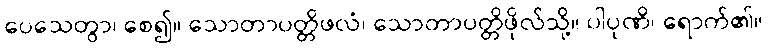
ပေသေတွာ၊ စေ၍။ သောတာပတ္တိဖလံ၊ သောတာပတ္တိဖိုလ်သို့။ ပါပုဏိ၊ ရောက်၏။